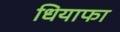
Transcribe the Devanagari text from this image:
धियाफा